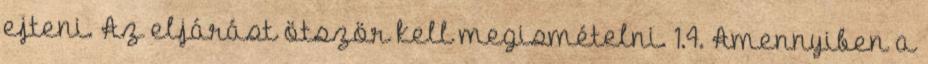
ejteni. Az eljárást ötször kell megismételni. 1.4. Amennyiben a